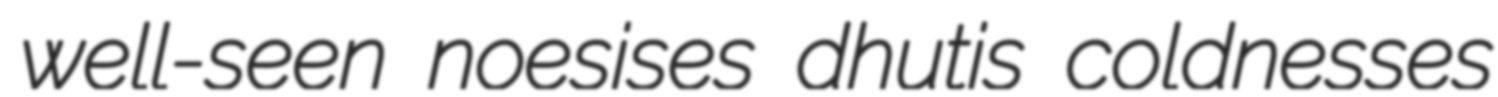
well-seen noesises dhutis coldnesses